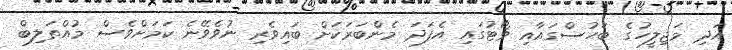
އަދި މަޖިލީހުގެ ބަހުސްގައާއި ވޯޓުގައި އެފަދަ މެންބަރަކަށް ބައިވެރި ނުވެވޭނެ ކަމަށްވެސް މުއްތަލިބް